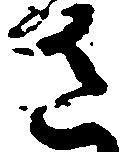
さ